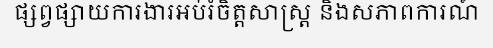
ផ្សព្វផ្សាយការងារអប់រំចិត្តសាស្ត្រ និងសភាពការណ៍